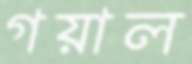
গয়াল